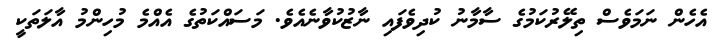
އެހެން ނަމަވެސް ތިލޭރުކަމުގެ ސާމާނު ކުދިވެފައި ނާޒުކުވާނެއެވެ. މަސައްކަތުގެ އެއްމެ މުހިންމު އާލަތަކީ